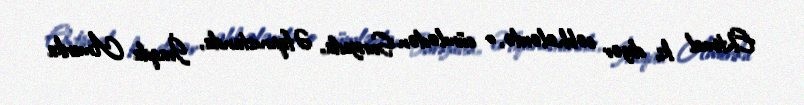
Ehtimal ki, digər cəbhələrdə, o cümlədən Suriyada, Əfqanıstanda, İraqda Amerika